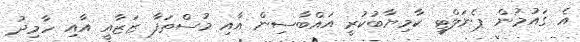
އެ ގައުމުން ޕެނަލްޓީ ކާމިޔާބުކުރީ އައްބާސިން އާއި މުސްތަފާ ޒަޒާއީ އާއި ހާމިދު